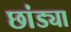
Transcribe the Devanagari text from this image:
छांड्या